画像に写った文字を読んでください
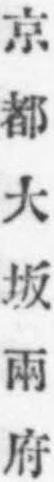
「京都大坂兩府」と書いてあります